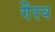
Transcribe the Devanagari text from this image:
गैरव